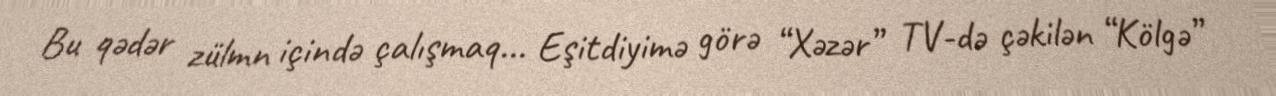
Bu qədər zülmn içində çalışmaq... Eşitdiyimə görə “Xəzər” TV-də çəkilən “Kölgə”